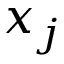
x _ { j }